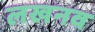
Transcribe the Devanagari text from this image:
लखनव